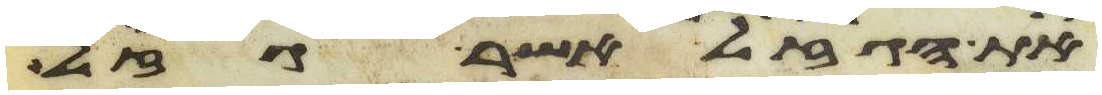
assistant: את הגזל אשר גזל